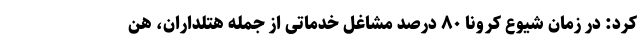
کرد: در زمان شیوع کرونا ۸۰ درصد مشاغل خدماتی از جمله هتلداران، هن